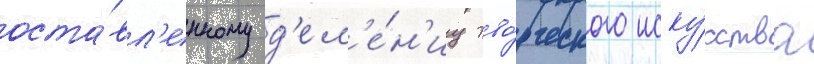
оста́вл'енному д'ел'е́н'иу тво́рческого иску́сства